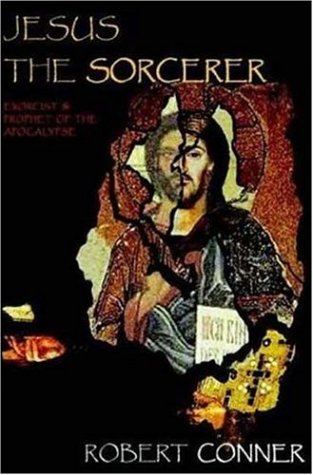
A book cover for Jesus the Sorcerer; Robert Conner; Christian Books & Bibles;